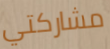
مشاركتي